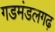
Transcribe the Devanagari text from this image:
गडमंडलगढ़